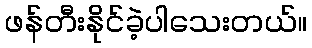
ဖန်တီးနိုင်ခဲ့ပါသေးတယ်။